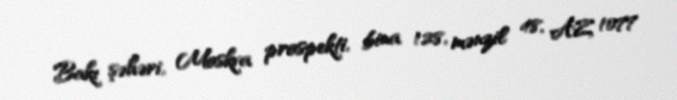
Bakı şəhəri, Moskva prospekti, bina 128, mənzil 48, AZ 1077